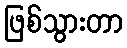
ဖြစ်သွားတာ